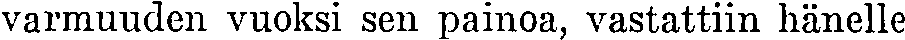
varmuuden vuoksi sen painoa, vastattiin hänelle